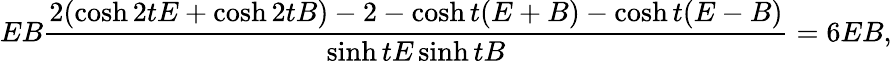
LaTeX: EB\frac{2(\cosh 2tE+\cosh 2tB)-2-\cosh t(E+B)-\cosh t(E-B)}{\sinh tE\sinh tB}=6EB,